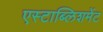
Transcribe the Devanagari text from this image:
एस्टाब्लिशमेंट